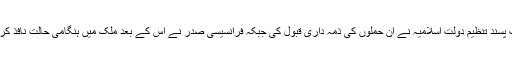
شدت پسند تنظیم دولتِ اسلامیہ نے ان حملوں کی ذمہ داری قبول کی جبکہ فرانسیسی صدر نے اس کے بعد ملک میں ہنگامی حالت نافذ کر دی۔